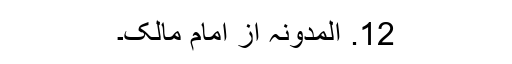
12. المدونہ از امام مالک۔